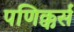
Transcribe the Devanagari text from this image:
पणिक्कर्स